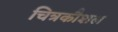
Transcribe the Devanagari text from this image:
चित्रकौशल